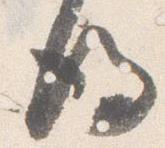
後